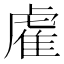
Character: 雐